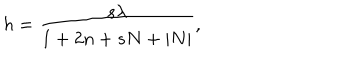
LaTeX: h = { \frac { s \lambda } { 1 + 2 n + s N + | N | } } ,